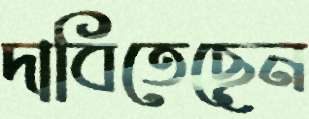
দাবিতেছেন